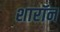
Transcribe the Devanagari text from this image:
शारॉन